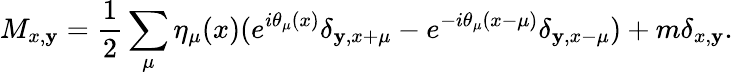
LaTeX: M_{x,\mathbf{y}}=\frac{{1}}{{2}}\sum_{\mu}\eta_{\mu}(x)(e^{i\theta_{\mu}(x)}\delta_{\mathbf{y},x+\mu}-e^{-i\theta_{\mu}(x-\mu)}\delta_{\mathbf{y},x-\mu})+m\delta_{x,\mathbf{y}}.